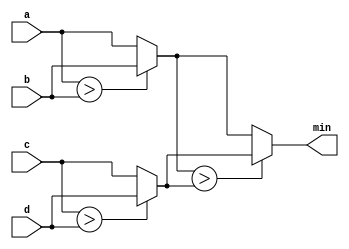
module top_module (
    input [7:0] a, b, c, d,
    output [7:0] min);//
    wire [7:0] temp1, temp2;
    assign temp1 = a > b ? b : a;
    assign temp2 = c > d ? d : c;
    assign min = temp1 > temp2 ? temp2 : temp1; 
    // assign intermediate_result1 = compare? true: false;

endmodule